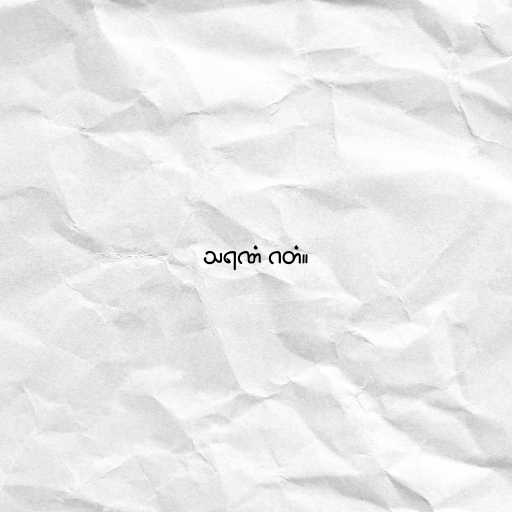
သရဏံ ဂတံ။